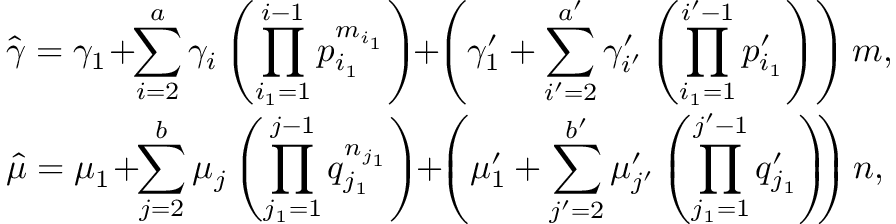
\begin{array} { r l } & { \hat { \gamma } = \gamma _ { 1 } \! + \! \! \displaystyle \sum _ { i = 2 } ^ { a } \gamma _ { i } \left( \prod _ { i _ { 1 } = 1 } ^ { i - 1 } p _ { i _ { 1 } } ^ { m _ { i _ { 1 } } } \right) \! \! + \! \! \left( \gamma _ { 1 } ^ { \prime } + \sum _ { i ^ { \prime } = 2 } ^ { a ^ { \prime } } \gamma _ { i ^ { \prime } } ^ { \prime } \left( \prod _ { i _ { 1 } = 1 } ^ { i ^ { \prime } - 1 } p _ { i _ { 1 } } ^ { \prime } \right) \right) m , } \\ & { \hat { \mu } = \mu _ { 1 } \! + \! \! \displaystyle \sum _ { j = 2 } ^ { b } \mu _ { j } \left( \prod _ { j _ { 1 } = 1 } ^ { j - 1 } q _ { j _ { 1 } } ^ { n _ { j _ { 1 } } } \right) \! \! + \! \! \left( \mu _ { 1 } ^ { \prime } + \sum _ { j ^ { \prime } = 2 } ^ { b ^ { \prime } } \mu _ { j ^ { \prime } } ^ { \prime } \left( \prod _ { j _ { 1 } = 1 } ^ { j ^ { \prime } - 1 } q _ { j _ { 1 } } ^ { \prime } \right) \! \! \right) n , } \end{array}